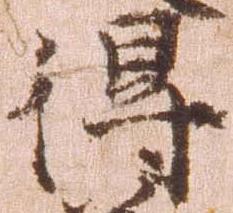
得